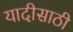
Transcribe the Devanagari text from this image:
यादीसाठी